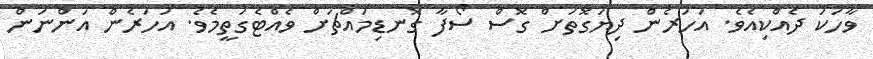
ވާހަކަ ދެއްކިއެވެ. އަހަރެން ދިޔަގޮތަށް ގޮސް ސޯފާ ގޮނޑިމައްޗަށް ވެއްޓެގަތީމެވެ. އަހަރެން އަންނަން